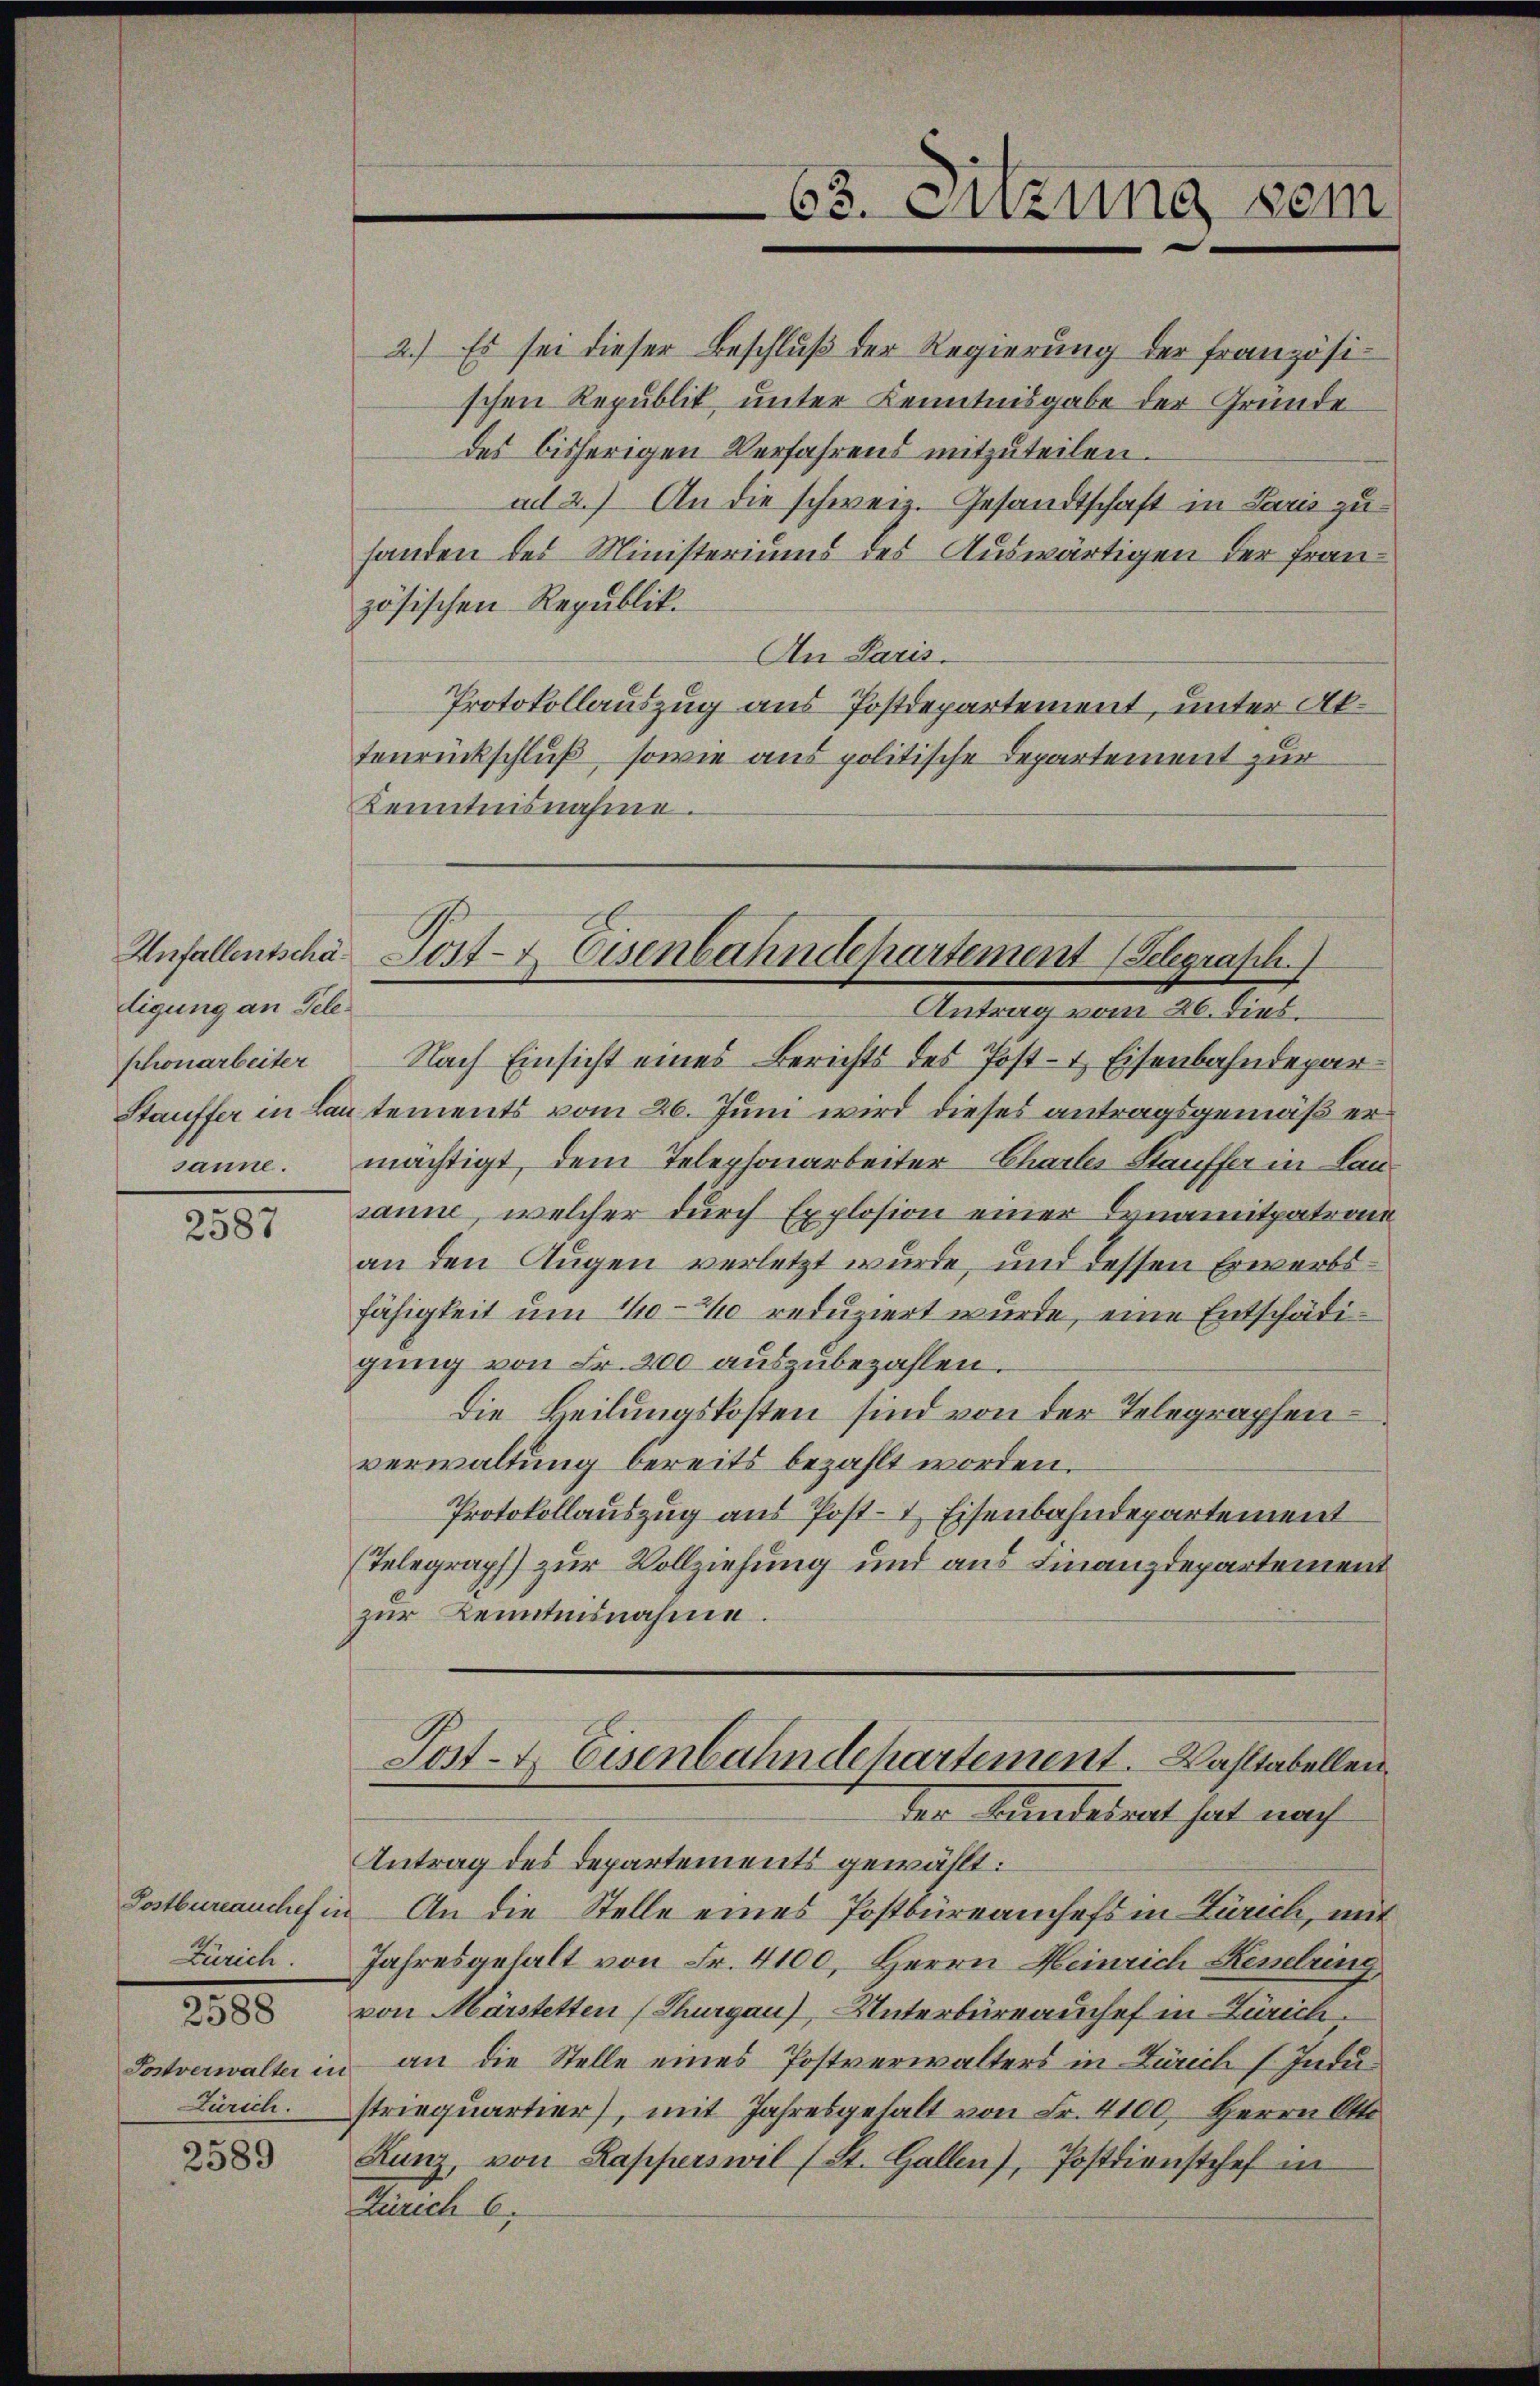
ligung an Telephonarbeiter

2587

Zürich.
2588
Postverwalter in
Zürich.

2589

2.) Es sei dieser Beschluß der Regierung der französischen Republik, unter Kenntnisgabe der Gründe
des bisherigen Verfahrens mitzuteilen.
ad 2.) An die schweiz. Gesandtschaft in Paris zu
handen des Ministeriums des Auswärtigen der französischen Republik.
An Paris.
Protokollauszug aus Postdepartement, unter Aktenrückschluß, sowie aus politische Departement zur
Kenntnisnahme.
Antrag vom 26. dies.
Nach Einsicht eines Berichts des Post- & Eisenbahndepar¬
Stauffer in Lautements vom 26. Juni wird dieses antragsgemäß er
sanne. mächtigt, dem Telephonarbeiter Chartes Stauffer in Lansanne, welcher durch Explosion einer Dynamitpatrone
an den Augen verletzt wurde, und dessen Erwartsfähigkeit um 1/10-260 reduziert wurde, eine Entschädigung von Fr. 200 auszubezahlen.
Die Beilungskosten sind von der Telegraphenverwaltung bereits bezahlt worden.
Protokollauszug aus Post- & Eisenbahndepartement
(Telegraph) zur Vollziehung und aus Finanzdepartement
zur Kenntnisnahme.
Post- u. Eisenbahndehartement. Wahltabellen
der Bundesrat hat nach
Antrag des Departements gewählt:
Postbureauchef in An die Stelle eines Postbüreamchefs in Zürich, mit
Jahresgehalt von Fr. 4100, Herrn Heinrich Kenelring,
von Märstetten (Thurgau), Unterbürrauchef in Zürichan die Stelle eines Postverwalters in Zürich / Industriequartier), mit Jahresgehalt von Fr. 4100. Herrn Otto
Kunz, von Lapperswil (St. Gallen), Postdienstchef in
Zürich 6.

63. Sitzung sein

Anfallentscha Post- & Eisenbahndepartement (Selegrasch.